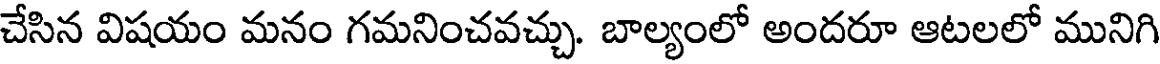
చేసిన విషయం మనం గమనించవచ్చు. బాల్యంలో అందరూ ఆటలలో మునిగి